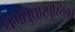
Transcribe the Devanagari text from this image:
धर्मसुधारपुस्तिका